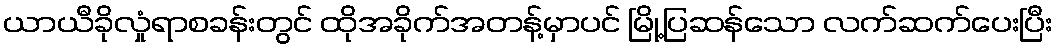
ယာယီခိုလှုံရာစခန်းတွင် ထိုအခိုက်အတန့်မှာပင် မြို့ပြဆန်သော လက်ဆက်ပေးပြီး